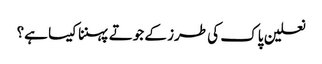
نعلین پاک کی طرز کے جوتے پہننا کیسا ہے؟